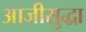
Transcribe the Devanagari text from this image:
आजीसुद्धा